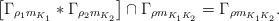
LaTeX: \begin{align*}\left[\Gamma_{\rho_1 m_{K_1}}\ast\Gamma_{\rho_2 m_{K_2}}\right]\cap\Gamma_{\rho m_{K_1K_2}}=\Gamma_{\rho m_{K_1K_2}}.\end{align*}